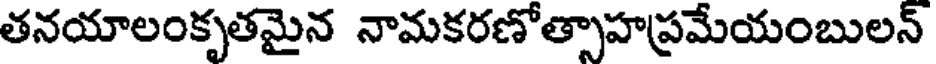
తనయాలంకృతమైన నామకరణోత్సాహప్రమేయంబులన్